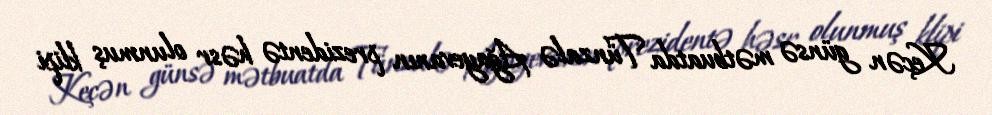
Keçən günsə mətbuatda Tünzalə Ağayevanın prezidentə həsr olunmuş klipi